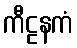
ကီဠနကံ